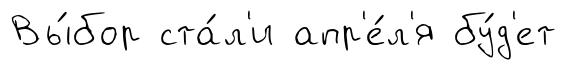
Вы́бор ста́л'и апр'е́л'я бу́д'ет